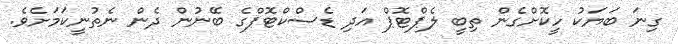
ގިނަ ބަޔަކު ހީކޮށްގެން ތިބީ ލެޕްޓޮޕް އަދި ޑެސްކްޓޮޕްގެ ބޭނުން ދެން ނެތުނީކަމަށެވެ.